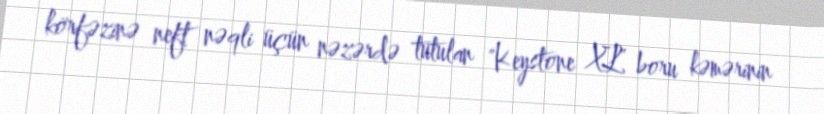
körfəzinə neft nəqli üçün nəzərdə tutulan "Keystone XL" boru kəmərinin